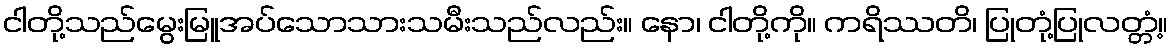
ငါတို့သည်မွေးမြူအပ်သောသားသမီးသည်လည်း။ နော၊ ငါတို့ကို။ ကရိဿတိ၊ ပြုတုံ့ပြုလတ္တံ့။